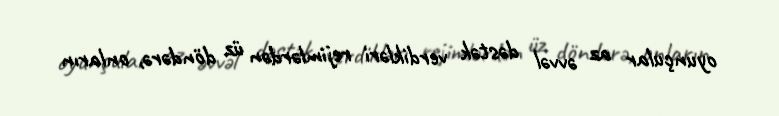
oyunçular az əvvəl dəstək verdikləri rejimlərdən üz döndərə, onların